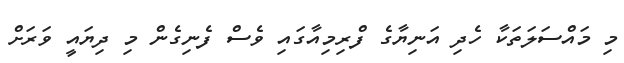
މި މައްސަލަތަކާ ހެދި އަނިޔާގެ ފްރިމިއާގައި ވެސް ފެނިގެން މި ދިޔައީ ވަރަށް